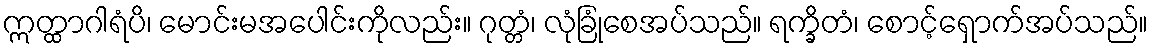
ဣတ္ထာဂါရံပိ၊ မောင်းမအပေါင်းကိုလည်း။ ဂုတ္တံ၊ လုံခြုံစေအပ်သည်။ ရက္ခိတံ၊ စောင့်ရှောက်အပ်သည်။